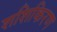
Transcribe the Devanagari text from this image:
शशिकिरण